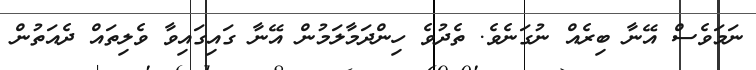
ނަމަވެސް އޭނާ ބިރެއް ނުގަނެވެ. ތެދުވެ ހިންދަމާލަމުން އޭނާ ގައިގައިވާ ވެލިތައް ދެއަތުން